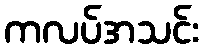
ကလပ်အသင်း